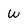
Character: w